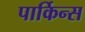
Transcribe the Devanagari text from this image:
पार्किन्स